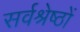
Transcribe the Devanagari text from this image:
सर्वश्रेष्ठों